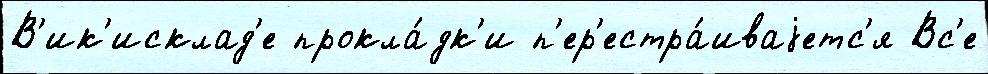
В'ик'исклад'е прокла́дк'и п'ер'естра́иваjетс'я Вс'е